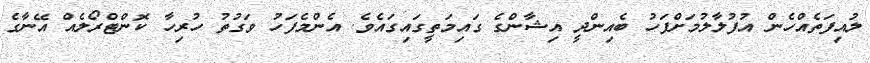
ލުއިފަތެއްހެން އުފުލާލުމަށްފަހު ބެއިންދީ އިޝާންގެ ގައިމަތީގައިގައެވެ. އެންމެފަހު ވަގުތު ހުރިހާ ކޮންޓްރޯލެއް އޭނާގެ